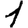
Digit: 1